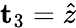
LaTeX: \mathbf{t}_{3}=\hat{z}